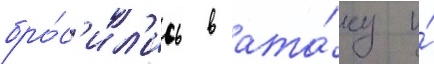
бро́с'ил'ись в ата́ку и́